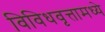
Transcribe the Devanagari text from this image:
विविधवृत्तामध्ये